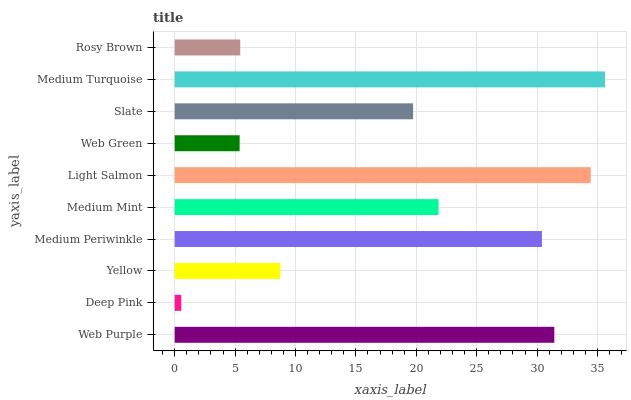
| yaxis_label | bars |
 | --- | --- |
 | Web Purple | 31.4 |
 | Deep Pink | 0.542 |
 | Yellow | 8.75 |
 | Medium Periwinkle | 30.4 |
 | Medium Mint | 21.8 |
 | Light Salmon | 34.4 |
 | Web Green | 5.38 |
 | Slate | 19.7 |
 | Medium Turquoise | 35.6 |
 | Rosy Brown | 5.43 |